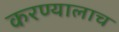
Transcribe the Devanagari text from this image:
करण्यालाच